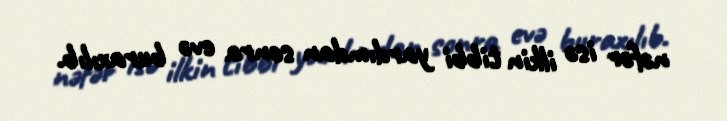
nəfər isə ilkin tibbi yardımdan sonra evə buraxılıb.